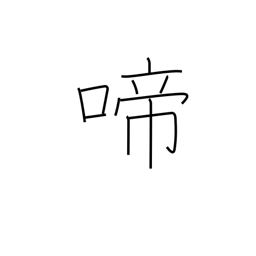
Meaning: chirp